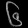
Digit: ၆